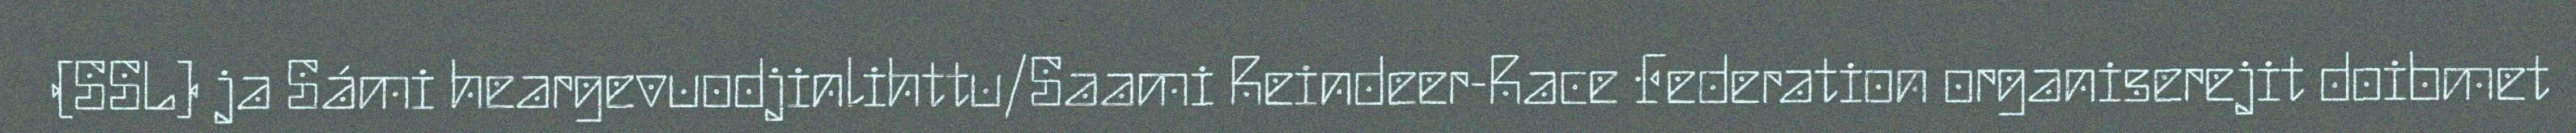
(SSL) ja Sámi heargevuodjinlihttu/Saami Reindeer-Race Federation organiserejit doibmet